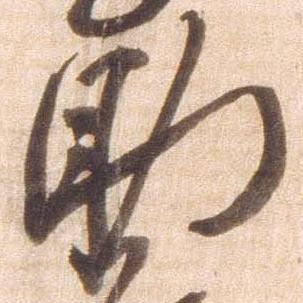
助